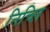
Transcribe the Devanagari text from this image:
निच्लि